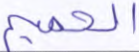
الحميم